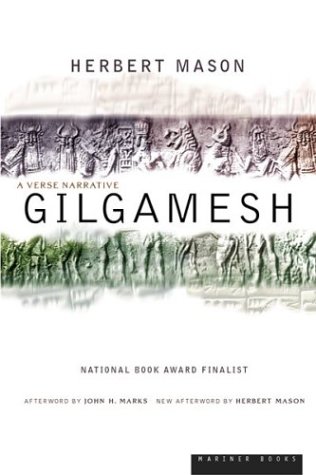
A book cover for Gilgamesh: A Verse Narrative; Herbert Mason; Literature & Fiction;